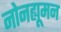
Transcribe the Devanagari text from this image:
नोनह्यूमन